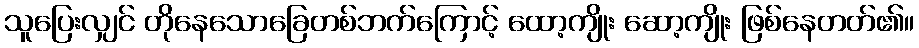
သူပြေးလျှင် တိုနေသောခြေတစ်ဘက်ကြောင့် ထော့ကျိုး ဆော့ကျိုး ဖြစ်နေတတ်၏။